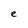
Character: e